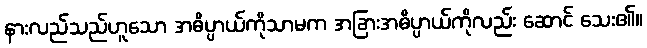
နားလည်သည်ဟူသော အဓိပ္ပာယ်ကိုသာမက အခြားအဓိပ္ပာယ်ကိုလည်း ဆောင် သေး၏။